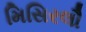
મિસિરલૌ